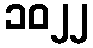
၁၀၂၂